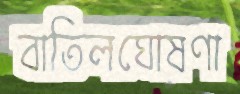
বাতিলঘোষণা